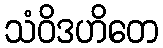
သံဝိဒဟိတေ